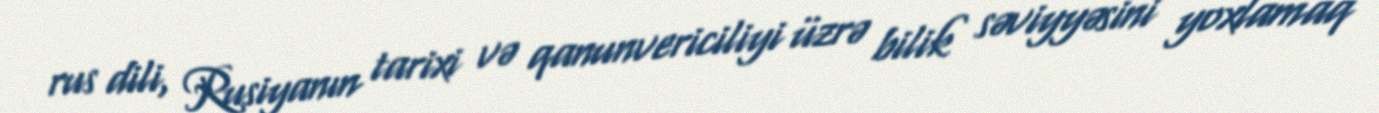
rus dili, Rusiyanın tarixi və qanunvericiliyi üzrə bilik səviyyəsini yoxlamaq